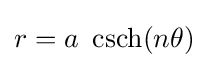
r=a\ \operatorname {csch} (n\theta )